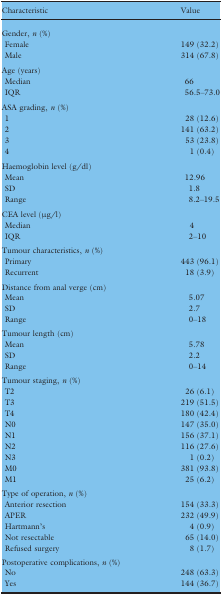
<table><thead><tr><td><b>Characteristic</b></td><td><b>Value</b></td></tr></thead><tbody><tr><td colspan="2">Gender, <i>n</i> (%)</td></tr><tr><td> Female</td><td>149 (32.2)</td></tr><tr><td> Male</td><td>314 (67.8)</td></tr><tr><td colspan="2">Age (years)</td></tr><tr><td> Median</td><td>66</td></tr><tr><td> IQR</td><td>56.5–73.0</td></tr><tr><td colspan="2">ASA grading, <i>n</i> (%)</td></tr><tr><td> 1</td><td>28 (12.6)</td></tr><tr><td> 2</td><td>141 (63.2)</td></tr><tr><td> 3</td><td>53 (23.8)</td></tr><tr><td> 4</td><td>1 (0.4)</td></tr><tr><td colspan="2">Haemoglobin level (g/dl)</td></tr><tr><td> Mean</td><td>12.96</td></tr><tr><td> SD</td><td>1.8</td></tr><tr><td> Range</td><td>8.2–19.5</td></tr><tr><td colspan="2">CEA level (μg/l)</td></tr><tr><td> Median</td><td>4</td></tr><tr><td> IQR</td><td>2–10</td></tr><tr><td colspan="2">Tumour characteristics, <i>n</i> (%)</td></tr><tr><td> Primary</td><td>443 (96.1)</td></tr><tr><td> Recurrent</td><td>18 (3.9)</td></tr><tr><td colspan="2">Distance from anal verge (cm)</td></tr><tr><td> Mean</td><td>5.07</td></tr><tr><td> SD</td><td>2.7</td></tr><tr><td> Range</td><td>0–18</td></tr><tr><td colspan="2">Tumour length (cm)</td></tr><tr><td> Mean</td><td>5.78</td></tr><tr><td> SD</td><td>2.2</td></tr><tr><td> Range</td><td>0–14</td></tr><tr><td colspan="2">Tumour staging, <i>n</i> (%)</td></tr><tr><td> T2</td><td>26 (6.1)</td></tr><tr><td> T3</td><td>219 (51.5)</td></tr><tr><td> T4</td><td>180 (42.4)</td></tr><tr><td> N0</td><td>147 (35.0)</td></tr><tr><td> N1</td><td>156 (37.1)</td></tr><tr><td> N2</td><td>116 (27.6)</td></tr><tr><td> N3</td><td>1 (0.2)</td></tr><tr><td> M0</td><td>381 (93.8)</td></tr><tr><td> M1</td><td>25 (6.2)</td></tr><tr><td colspan="2">Type of operation, <i>n</i> (%)</td></tr><tr><td> Anterior resection</td><td>154 (33.3)</td></tr><tr><td> APER</td><td>232 (49.9)</td></tr><tr><td> Hartmann’s</td><td>4 (0.9)</td></tr><tr><td> Not resectable</td><td>65 (14.0)</td></tr><tr><td> Refused surgery</td><td>8 (1.7)</td></tr><tr><td colspan="2">Postoperative complications, <i>n</i> (%)</td></tr><tr><td> No</td><td>248 (63.3)</td></tr><tr><td> Yes</td><td>144 (36.7)</td></tr></tbody></table>